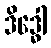
ဒိဒ္ဓေါ